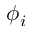
\phi _ { i }